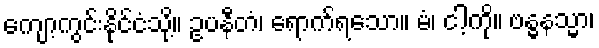
ကျော့ကွင်းနိုင်ငံသို့။ ဥပနီတံ၊ ရောက်ရသော။ မံ၊ ငါ့ကို။ ဗန္ဓနသ္မာ၊